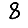
Digit: 8